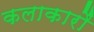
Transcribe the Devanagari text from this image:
कलाकारौं